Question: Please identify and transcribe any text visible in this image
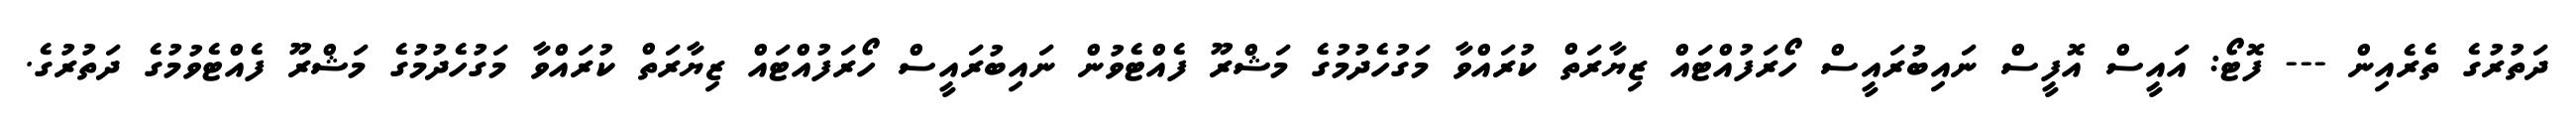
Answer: ދަތުރުގެ ތެރެއިން --- ފޮޓޯ: އައީސް އޮފީސް ނައިބުރައީސް ހޯރަފުއްޓައް ޒިޔާރަތް ކުރައްވާ މަގުހެދުމުގެ މަޝްރޫ ފެއްޓެވުން ނައިބުރައީސް ހޯރަފުއްޓައް ޒިޔާރަތް ކުރައްވާ މަގުހެދުމުގެ މަޝްރޫ ފެއްޓެވުމުގެ ދަތުރުގެ.